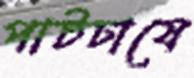
পাটচাষে